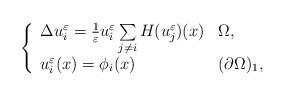
LaTeX: \begin{align*}\left \{\begin{array}{lllll}\Delta u_{i}^{\varepsilon}=\frac{ 1 }{\varepsilon} u_{i}^{\varepsilon} \sum\limits_{j \neq i } H( u_{j}^{\varepsilon})(x) & \Omega,\\u_{i}^{\varepsilon}(x) =\phi_{i}(x) & (\partial \Omega)_1,\\ \end{array}\right.\end{align*}